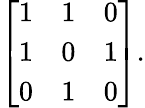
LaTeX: {\left[\begin{array}{lll}{1}&{1}&{0}\\ {1}&{0}&{1}\\ {0}&{1}&{0}\end{array}\right]}.